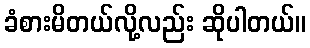
ခံစားမိတယ်လို့လည်း ဆိုပါတယ်။